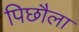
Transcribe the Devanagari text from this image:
पिछौला